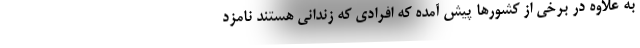
به علاوه در برخی از کشورها پیش آمده که افرادی که زندانی هستند نامزد